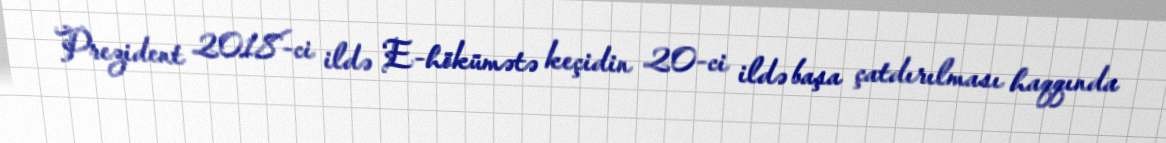
Prezident 2018-ci ildə E-hökümətə keçidin 20-ci ildə başa çatdırılması haqqında